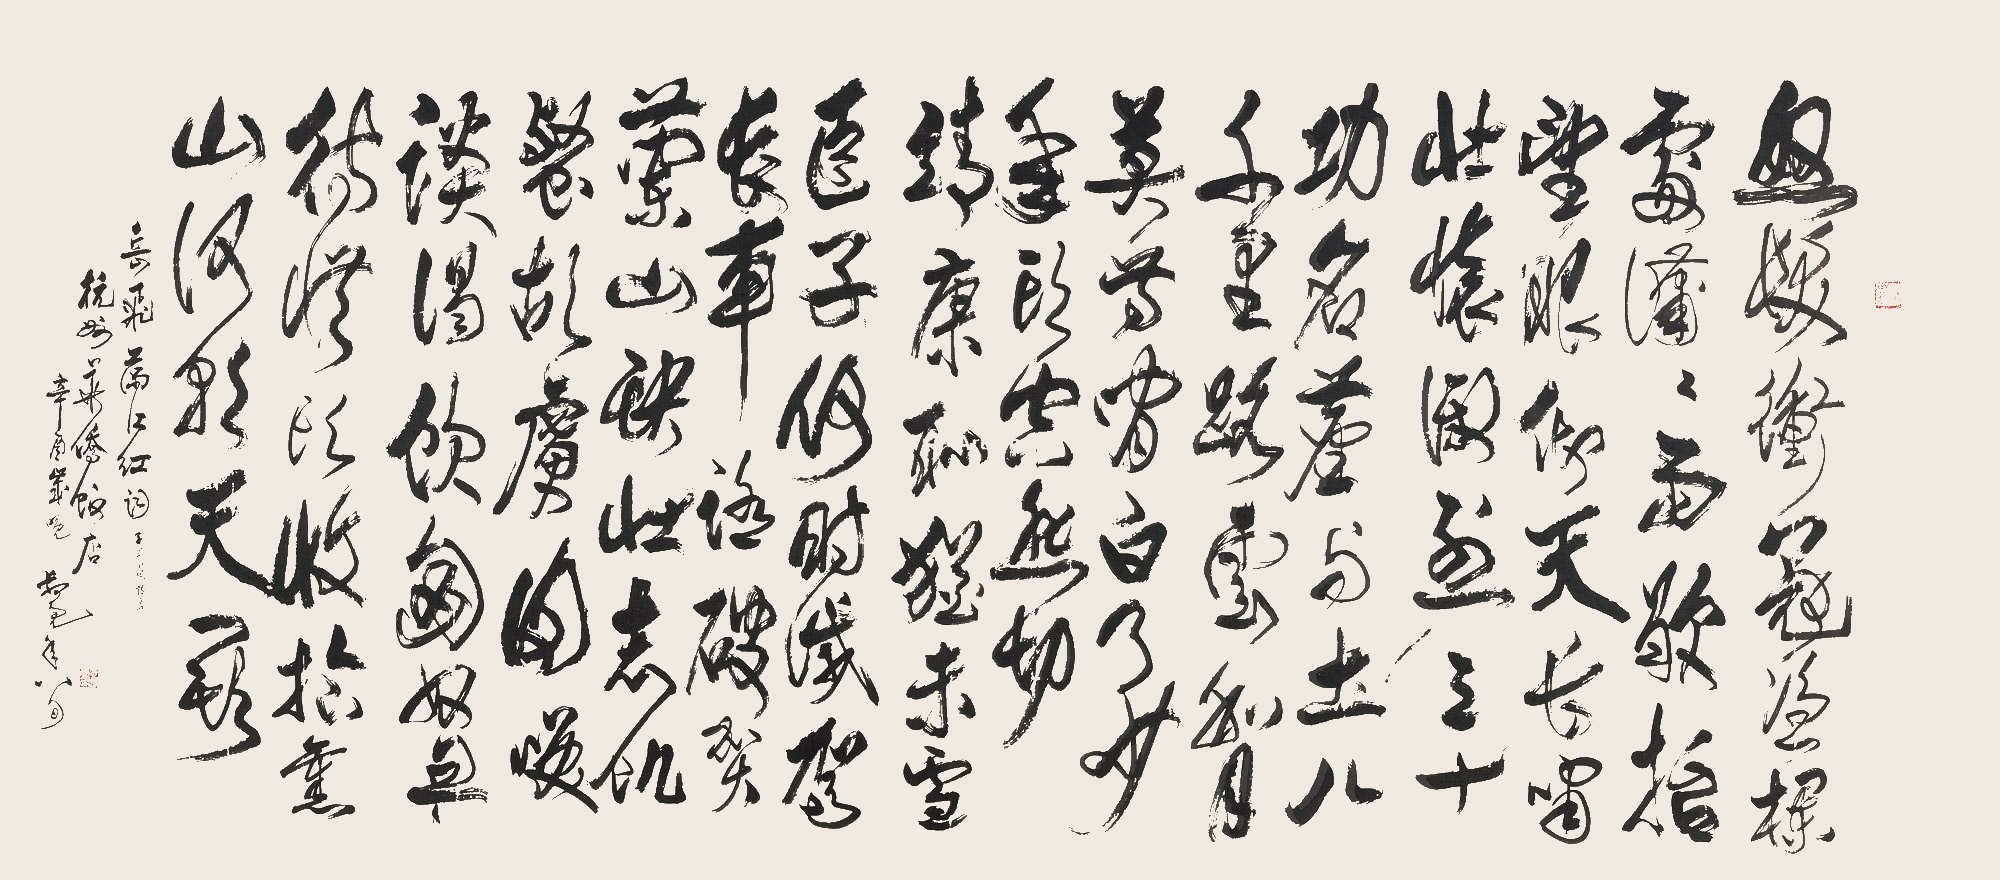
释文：怒发冲冠，凭栏处、潇潇雨歇。抬望眼、仰天长啸，壮怀激烈。三十功名尘与土，八千里路云和月。莫等闲、白了少年头，空悲切。靖康耻，犹未雪。臣子恨，何时灭。驾长车踏破，贺兰山缺。壮志饥餐胡虏肉，笑谈渴饮匈奴血。待从头、收拾旧山河，朝天阙。岳飞满江红词（子字下脱恨字），杭州华侨饭店，辛酉岁晚，叔亮年八旬。